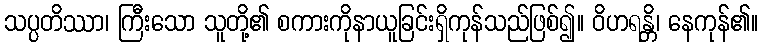
သပ္ပတိဿာ၊ ကြီးသော သူတို့၏ စကားကိုနာယူခြင်းရှိကုန်သည်ဖြစ်၍။ ဝိဟရန္တိ၊ နေကုန်၏။